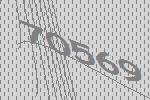
70569